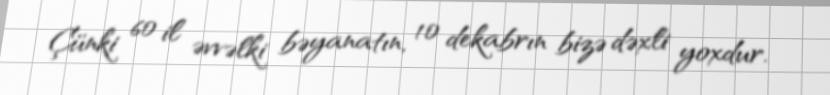
Çünki 60 il əvvəlki bəyanatın, 10 dekabrın bizə dəxli yoxdur.